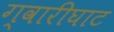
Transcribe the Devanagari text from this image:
ग्वारीघाट